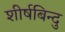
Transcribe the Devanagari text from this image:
शीर्षबिन्दु